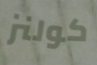
كولنز